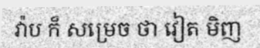
វ៉ាប ក៏ សម្រេច ថា វៀត មិញ